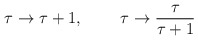
\begin{align*}\tau \rightarrow \tau +1,\;\;\;\;\;\;\;\; \tau\rightarrow \frac{\tau}{\tau +1}\end{align*}